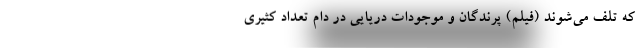
که تلف می‌شوند (فیلم) پرندگان و موجودات دریایی در دام تعداد کثیری